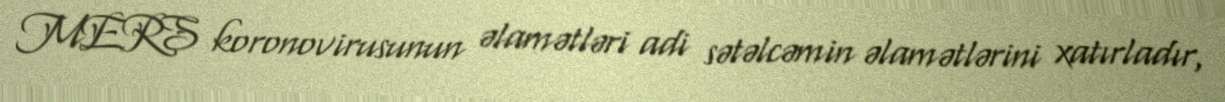
MERS koronovirusunun əlamətləri adi sətəlcəmin əlamətlərini xatırladır,